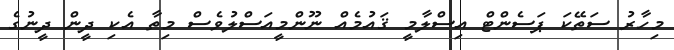
މިހާރު ސަތޭކަ ޕަސެންޓް އިސްލާމީ ޤައުމެއް ނޫންމީއަސްލުވެސް މިތާ އެކި ދީން ދީނުގެ